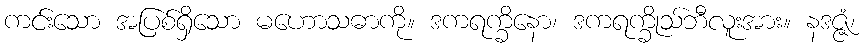
ကင်းသော အပြစ်ရှိသော မဟောသဓာကို။ ဒကရက္ခိနော၊ ဒကရက္ခိုသ်ဘီလူးအား။ နဒဇ္ဇံ၊